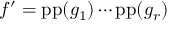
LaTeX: f ^ { \prime } = \operatorname { p p } ( g _ { 1 } ) \cdots \operatorname { p p } ( g _ { r } )